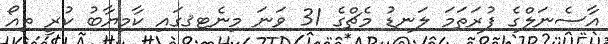
އާސެނަލްގެ ފުރަތަމަ ލަނޑު މެޗްގެ 31 ވަނަ މިނެޓޤގައި ކާމިޔާބު ކުރީ ތިއޯ